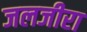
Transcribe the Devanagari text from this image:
जलजीरा